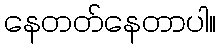
နေတတ်နေတာပါ။